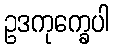
ဥဒကုက္ခေပါ